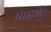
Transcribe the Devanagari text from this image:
प्राइमेट्